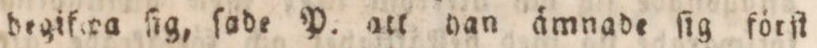
degifwa ſig, ſade P. att han ämnade ſig förſt